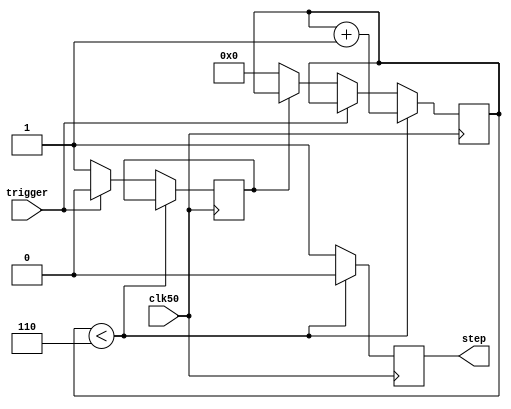



module singlestep(
clk50,
trigger,
step
);


input clk50;
input trigger;
output reg step;

reg [4:0] delay=6;
reg [4:0] ctr=6;

reg trigd=0;

always @(posedge clk50)
begin

if(ctr<delay)
begin
 ctr<=ctr+1; 
 step<=0;
 
end
else begin
 step<=1;
 
 if(!trigger)begin 
  if(!trigd)begin 
   ctr<=0;
   trigd=1;
  end
  
 end
 else trigd=0;
end


end



endmodule